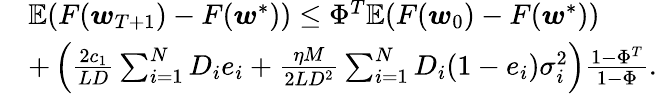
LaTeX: \begin{array}{rl}&{\mathbb{E}(F(\boldsymbol{w}_{T+1})-F(\boldsymbol{w}^{*}))\le\Phi^{T}\mathbb{E}(F(\boldsymbol{w}_{0})-F(\boldsymbol{w}^{*}))}\\ &{+\left(\frac{2c_{1}}{LD}\sum_{i=1}^{N}D_{i}e_{i}+\frac{\eta M}{2LD^{2}}\sum_{i=1}^{N}D_{i}(1-e_{i})\sigma_{i}^{2}\right)\frac{1-\Phi^{T}}{1-\Phi}.}\end{array}